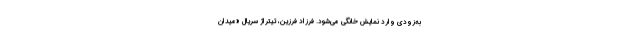
به‌زودی وارد نمایش خانگی می‌شود. فرزاد فرزین، تیتراژ سریال «میدان